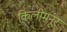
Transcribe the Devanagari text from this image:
किलीमनूर